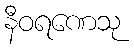
နီဝရဏေသု